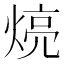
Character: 煷